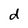
Character: d